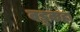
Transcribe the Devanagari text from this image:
वड्डकहा